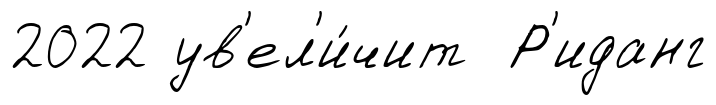
2022 ув'ел'и́чит Р'иданг